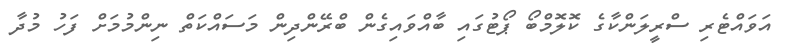
އަވައްޓެރި ސްރީލަންކާގެ ކޮލޮމްބޯ ޕޯޓުގައި ބާއްވައިގެން ބްރޭންދިން މަސައްކަތް ނިންމުމަށް ފަހު މުދާ